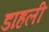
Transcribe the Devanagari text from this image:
डाहली